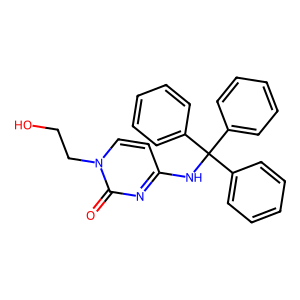
SMILES: O=c1nc(NC(c2ccccc2)(c2ccccc2)c2ccccc2)ccn1CCO
Inhibits HIV replication: No